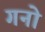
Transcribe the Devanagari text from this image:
गनो